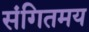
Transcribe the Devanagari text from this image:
संगितमय